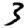
Digit: 3